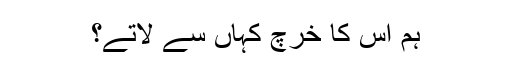
ہم اس کا خرچ کہاں سے لاتے؟